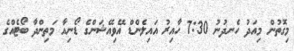
މިގޮތުން މިއަދު ހެނދުނު 7:30 ހާއިރު އައިލެންޑް އޭވިއޭޝަންގެ ޑޯނިއާ މަތިންދާ ބޯޓެއްގެ